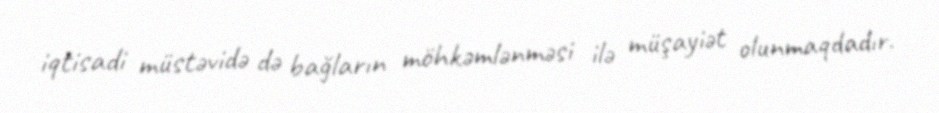
iqtisadi müstəvidə də bağların möhkəmlənməsi ilə müşayiət olunmaqdadır.